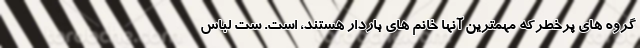
گروه های پرخطرکه مهمترین آنها خانم های باردار هستند، است. ست لباس